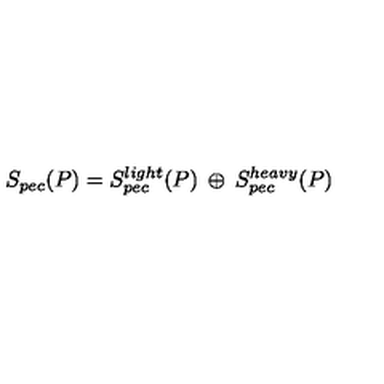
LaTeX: S _ { p e c } ( P ) = S _ { p e c } ^ { l i g h t } ( P ) \: \oplus \: S _ { p e c } ^ { h e a v y } ( P )